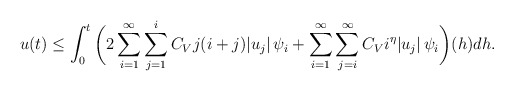
\begin{align*} u(t) & \leq \int_{0}^{t}\bigg(2\sum_{i=1}^{\infty} \sum_{j=1}^{i}C_{V} j (i+j) |u_j|\,\psi_i + \sum_{i=1}^{\infty} \sum_{j=i}^{\infty} C_V i^{\eta} |u_j|\, \psi_i \bigg)(h) dh.\\\end{align*}